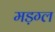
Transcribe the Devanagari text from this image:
मड़ग्ल